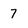
Character: 7